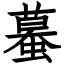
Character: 蟇